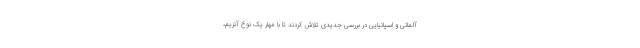
آلمانی و اسپانیایی در بررسی جدیدی تلاش کردند تا با مهار یک نوع آنزیم،